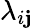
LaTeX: \lambda_{i\mathbf{j}}